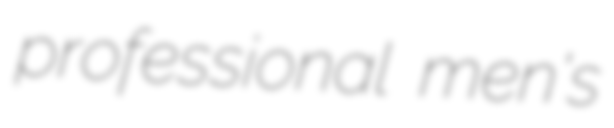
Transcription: professional men's